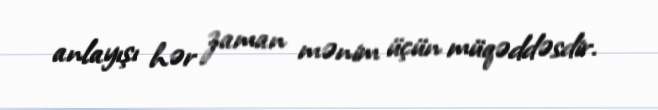
anlayışı hər zaman mənim üçün müqəddəsdir.